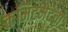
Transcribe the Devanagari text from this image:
कमिटमेंटचा